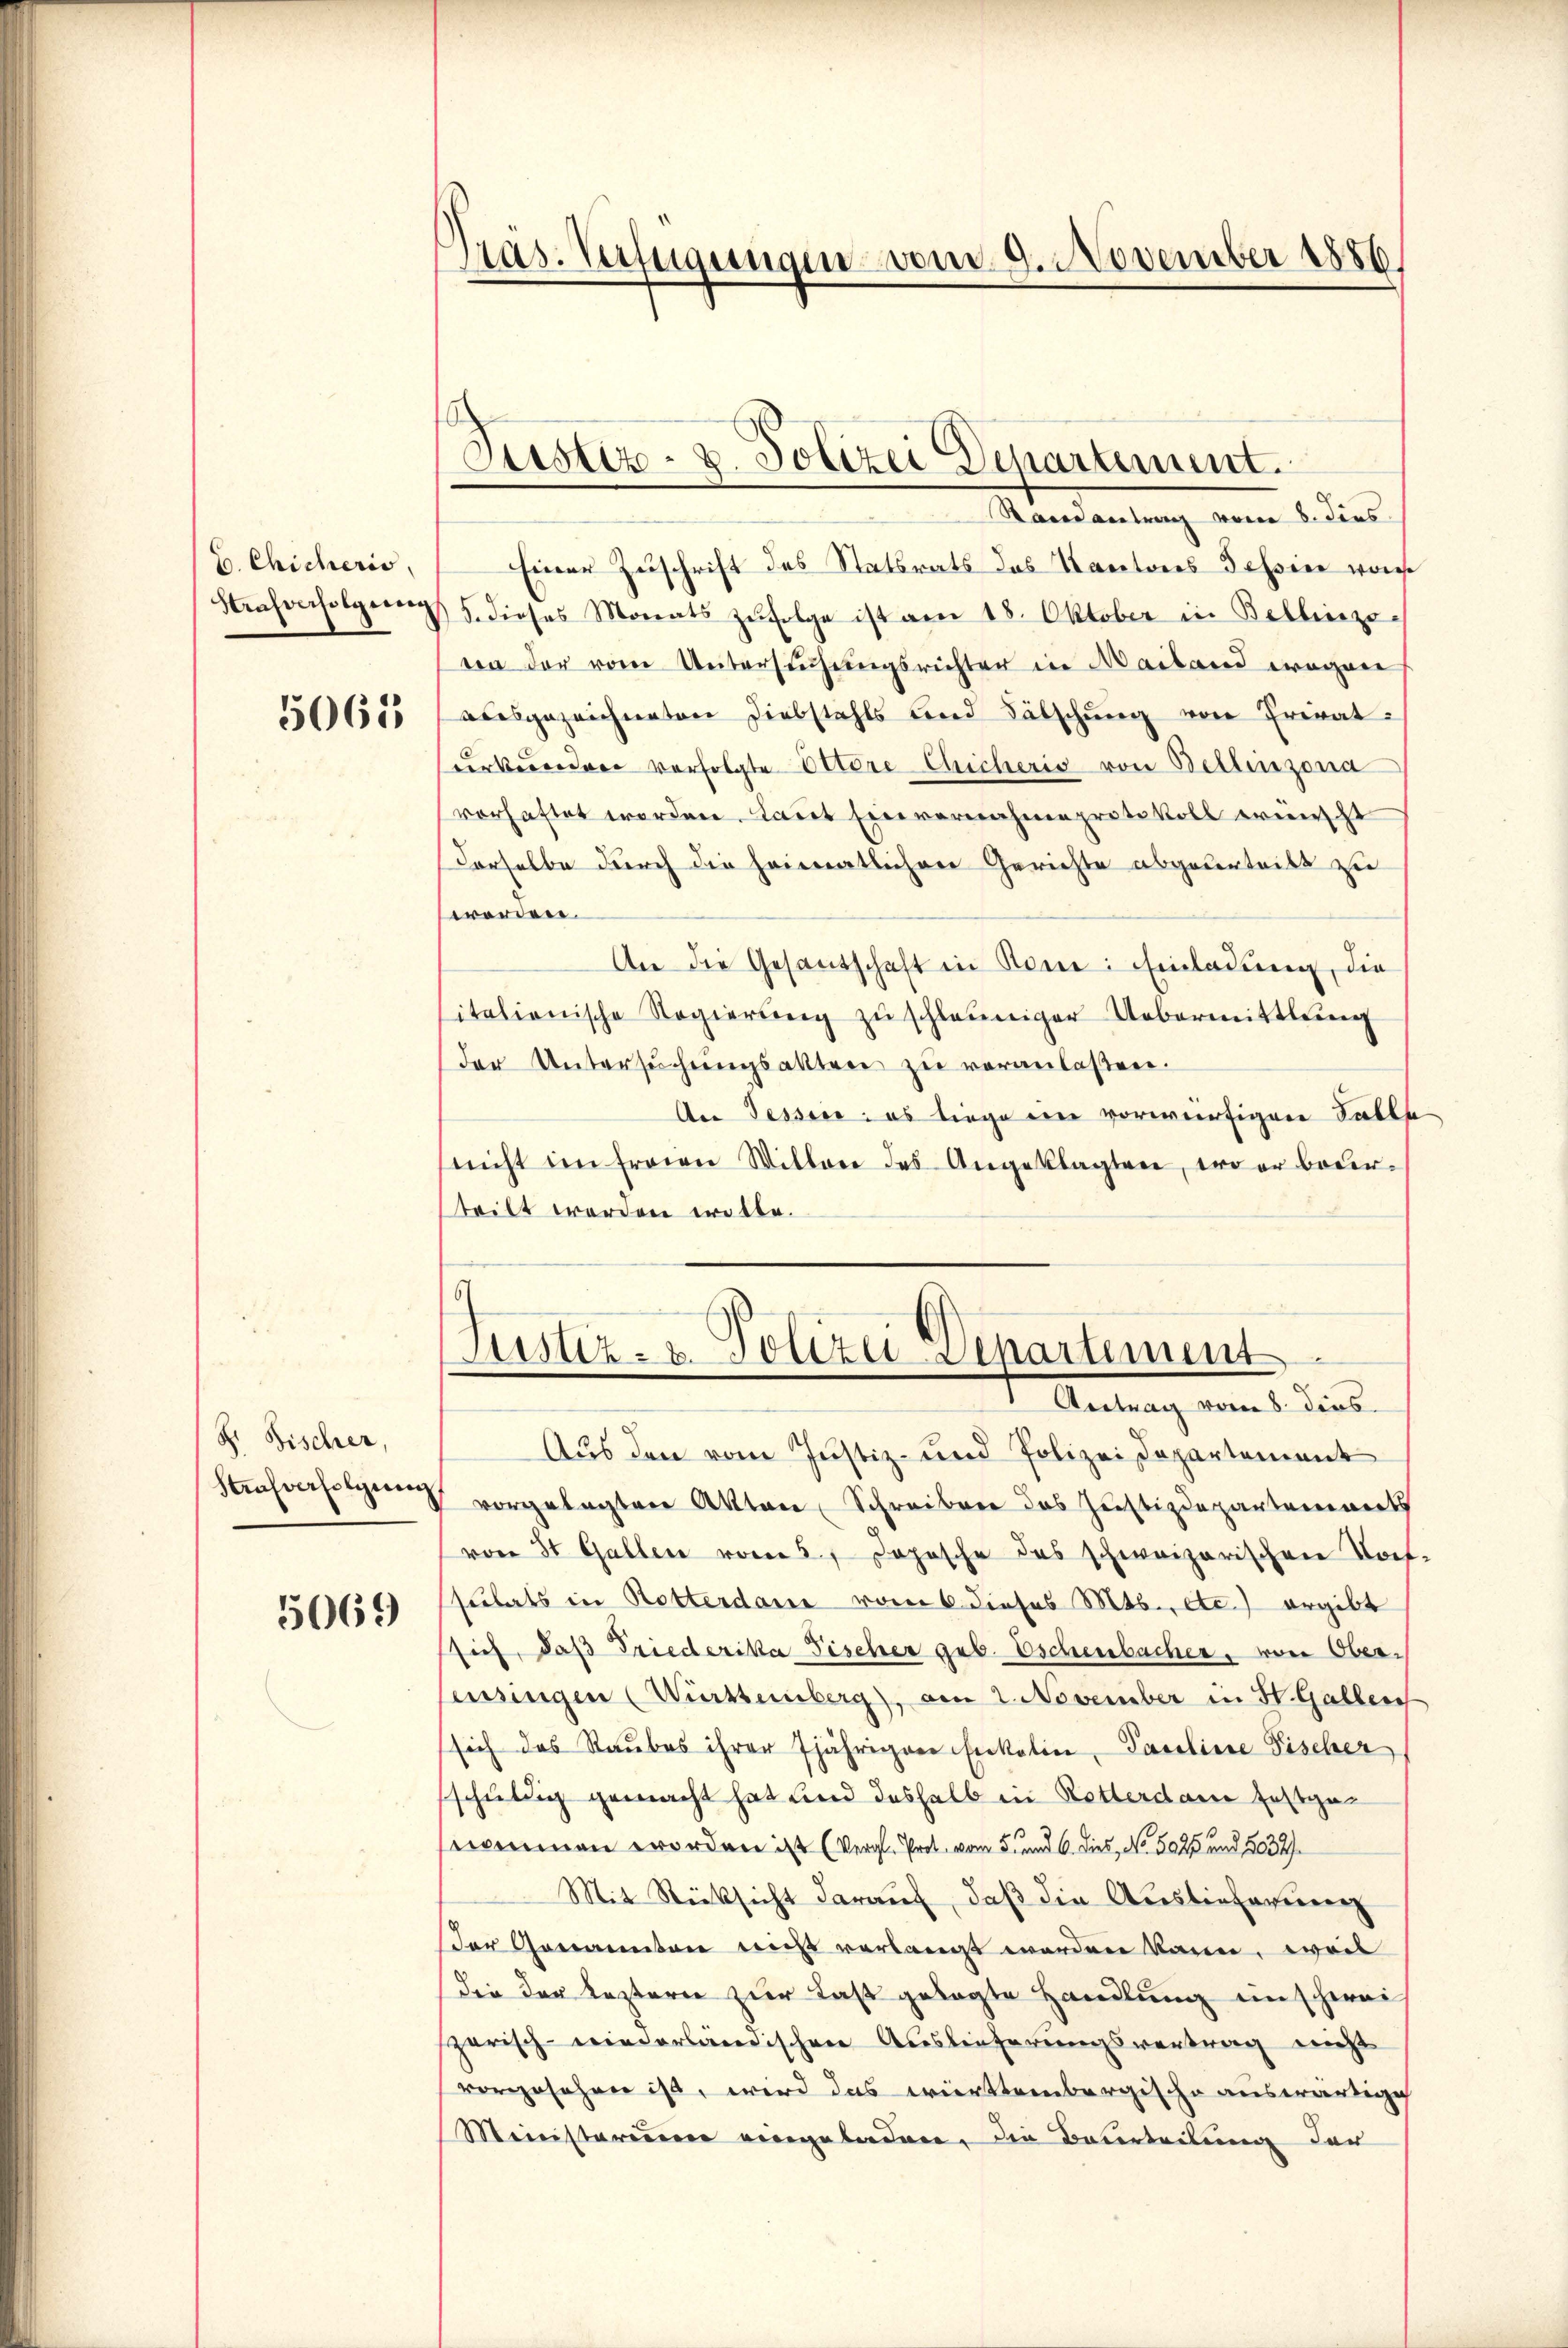
C. Chicheris
Strafverfolgung
5061

S. Fischer,
Strafverfolgung

5069

Pras. Verfügungen vom 9. November 1886

Justiz- u. Polizei Departement.

Randantrag vom 8. dies
Einen Zuschrift des Statsrats des Kantons Tessier ware
5. dieses Monats zŭfolge ist am 18. Oktober in Bellinzo
een der vom Untersuchungsrichter in Mailand eregnen
ausgezeichneten Diebstahls und Fälschung von Preat:
derbereide verfolgte Ottere Cicheris von Bellinzona
vorhaftet worden. Laut Einvernahme protokoll wünscht
derselbe durch die heimatlichen Gerichte abgeberteilt zu
worden.
An die Gesandschaft in Rome: Einladung, die
italienische Regierŭng zŭ schleuniger Uebermittlung
der Untersŭchŭngsakten zu veranlaßen.
An Tessine: es liege ein vorwürfigen Falle
nicht im freien Willen des Angeklagten, wo er beurteilt werden wolte.
Justiz- & Polizei Departement
I. Antrag vom 1. dies
Aus den vom Justiz- und Polizei Departement
vorgelegten Akten Schreiben das Justizdepartements
von St. Gallen vom 5. Japasche das schweizerischen Torfsulats in Rotterdame vom 6 dieses Mts., etc.) ergibt
sich, daß Friederika Fischer geb. Eschenbacher, von Ober¬
Cessingen (Württemberg), am 2. November in St. Gallen
sich das Raubes ihrer 7jährigen Enkelin, Paroline Fischer
schuldig gemacht hat und deshalb in Rotterdam festgewommen worden ist (Vergl. Prot. vom 5. und 6. dies No. 5025 und 5032.
Mit Rücksicht darauf, daß die Auslieferung
Der Genannten wicht verlangt worden kann, weil
dee der Lezteren zur Last gelegte Handlung in schwei
zerisch-niederländischen Auslieferungsvertrag nicht
vorgesehen ist, wird das württembergische auswärtige
Miinisterieren vergeladen, die Beurteilung der